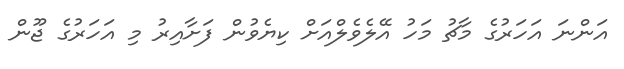
އަންނަ އަހަރުގެ މާޗު މަހު އޭލެވެލްއަށް ކިޔެވުން ފަށާއިރު މި އަހަރުގެ ޖޫން